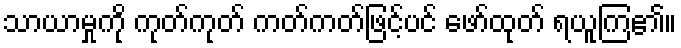
သာယာမှုကို ကုတ်ကုတ် ကတ်ကတ်ဖြင့်ပင် ဖော်ထုတ် ရယူကြ၏။